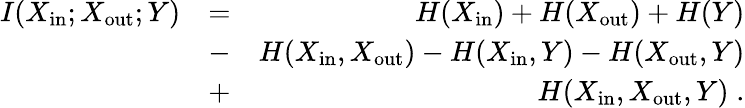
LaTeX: \begin{array}{rlr}{I(X_{\mathrm{in}};X_{\mathrm{out}};Y)}&{=}&{H(X_{\mathrm{in}})+H(X_{\mathrm{out}})+H(Y)}\\ &{-}&{H(X_{\mathrm{in}},X_{\mathrm{out}})-H(X_{\mathrm{in}},Y)-H(X_{\mathrm{out}},Y)}\\ &{+}&{H(X_{\mathrm{in}},X_{\mathrm{out}},Y)\; .}\end{array}